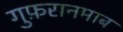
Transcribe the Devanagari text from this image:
गुफ़रानमाब